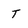
Character: T